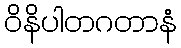
ဝိနိပါတဂတာနံ